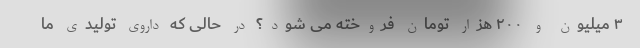
۳ میلیون و ۲۰۰ هزار تومان فروخته می شود؟ در حالی که داروی تولیدی ما